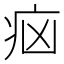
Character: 𤵅